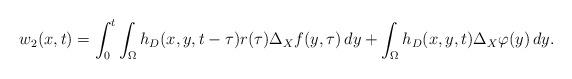
LaTeX: \begin{align*}w_{2}(x,t)=\int_{0}^{t}\int_{\Omega} h_{D}(x,y,t-\tau) r(\tau)\Delta_Xf(y,\tau) \, dy+\int_{\Omega} h_{D}(x,y,t)\Delta_X \varphi (y) \, dy.\end{align*}